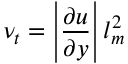
\nu _ { t } = \left| { \frac { \partial u } { \partial y } } \right| l _ { m } ^ { 2 }